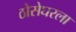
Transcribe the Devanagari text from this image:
ठोसेघरला